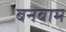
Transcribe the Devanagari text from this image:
बनबाम